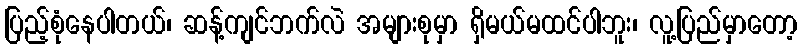
ပြည့်စုံနေပါတယ်၊ ဆန့်ကျင်ဘက်လဲ အများစုမှာ ရှိမယ်မထင်ပါဘူး၊ လူ့ပြည်မှာတော့